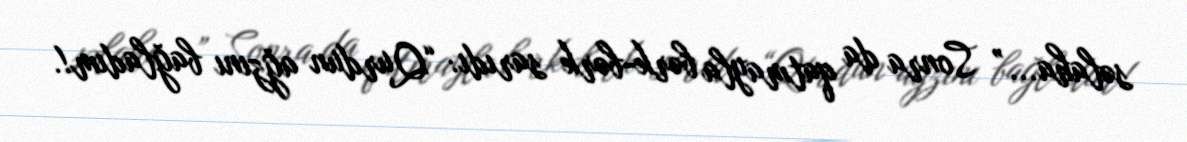
səlaha...” Sonra da qatmayla bərk-bərk sarıdı: “Qurdun ağzını bağladım!.